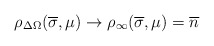
\begin{align*}\rho_{\Delta\Omega}(\overline\sigma,\mu)\to \rho_\infty(\overline\sigma,\mu) = \overline n\end{align*}